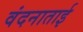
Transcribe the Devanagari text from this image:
वंदनाताई